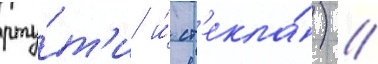
рту́т'и и́ ст'екла́) //